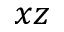
x z